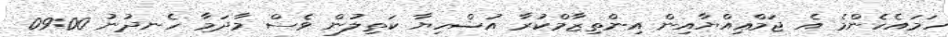
ހަމައެހެންމެ އެ ޖަމްޢިއްޔާއިން އިންތިޒާމްކުރާ އުޟްހިޔާ ކަތިލުން ވެސް މާދަމާ ހެނދުނު 09:00